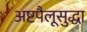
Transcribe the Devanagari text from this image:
अष्टपैलूसुद्धा